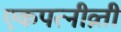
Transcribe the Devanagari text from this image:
एकपत्‍नीव्रती